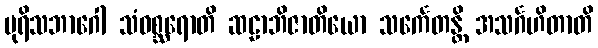
ပုရိသဘာဂေါ သံဝစ္ဆရောတိ ဆဠာဘိဇာတိယော သင်္ကေတန္တိ အသင်္ဂဟိတာတိ